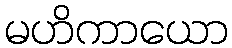
မဟိကာယော